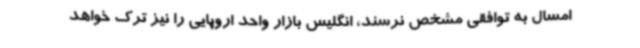
امسال به توافقی مشخص نرسند، انگلیس بازار واحد اروپایی را نیز ترک خواهد